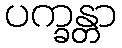
ပက္ခန္တာ